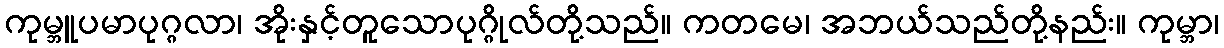
ကုမ္ဘူပမာပုဂ္ဂလာ၊ အိုးနှင့်တူသောပုဂ္ဂိုလ်တို့သည်။ ကတမေ၊ အဘယ်သည်တို့နည်း။ ကုမ္ဘာ၊